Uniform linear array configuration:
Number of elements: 24
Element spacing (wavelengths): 0.25
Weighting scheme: binomial
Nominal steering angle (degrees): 15
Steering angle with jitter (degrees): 16.596
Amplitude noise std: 0.05
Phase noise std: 0.05

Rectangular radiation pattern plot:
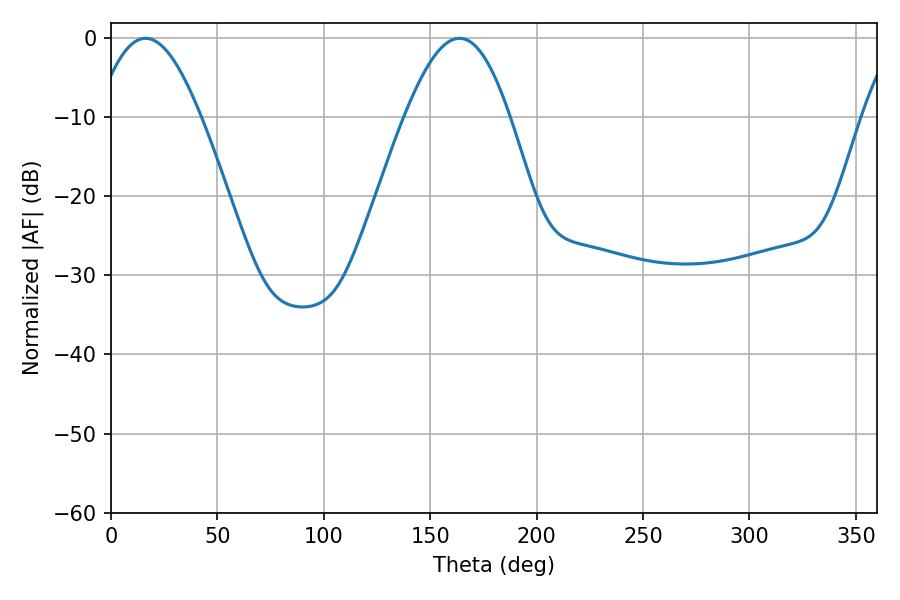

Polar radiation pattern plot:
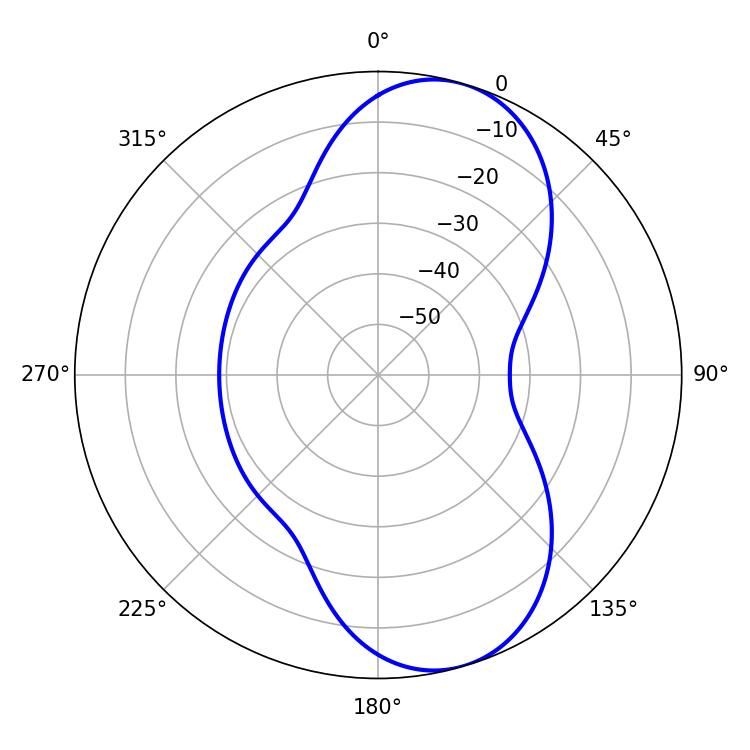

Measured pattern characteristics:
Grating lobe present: FALSE
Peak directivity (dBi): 8.438
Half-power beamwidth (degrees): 26.64
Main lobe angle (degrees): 16.2